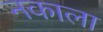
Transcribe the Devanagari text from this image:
नकाला